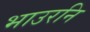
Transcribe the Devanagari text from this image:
भाउरनि